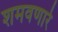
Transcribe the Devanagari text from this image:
शमवणारे